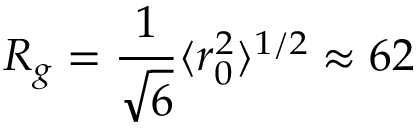
R _ { g } = \frac { 1 } { \sqrt { 6 } } \langle r _ { 0 } ^ { 2 } \rangle ^ { 1 / 2 } \approx 6 2